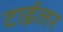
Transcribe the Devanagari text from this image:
टाईलर